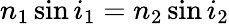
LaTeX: n_{1}\sin i_{1}=n_{2}\sin i_{2}